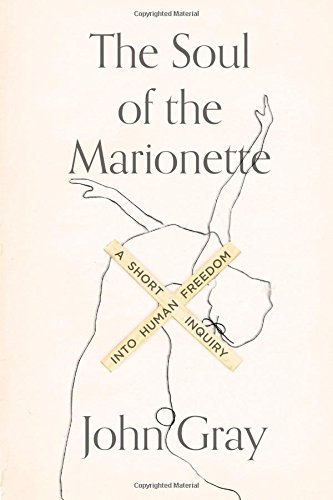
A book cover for The Soul of the Marionette: A Short Inquiry into Human Freedom; John Gray; Politics & Social Sciences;